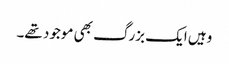
وہیں ایک بزرگ بھی موجود تھے۔